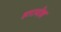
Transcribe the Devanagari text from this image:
हारामोश